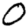
Digit: 0